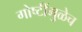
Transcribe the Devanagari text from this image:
गोष्टींमुळेच